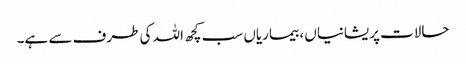
حالات پریشانیاں ، بیماریاں سب کچھ اللہ کی طرف سے ہے۔